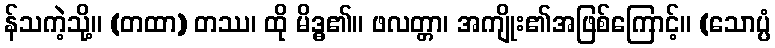
န်သကဲ့သို့။ (တထာ) တဿ၊ ထို မိဒ္ဓ၏။ ဖလတ္တာ၊ အကျိုး၏အဖြစ်ကြောင့်။ (သောပ္ပံ